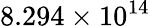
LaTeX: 8.294\times 10^{14}